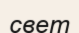
свет